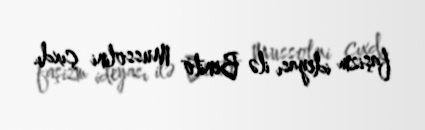
faşizm ideyası ilə Benito Mussolini çıxdı.